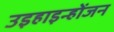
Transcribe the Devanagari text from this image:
उइहाइन्होंजन